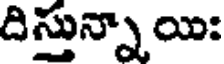
దిస్తున్నాయి: